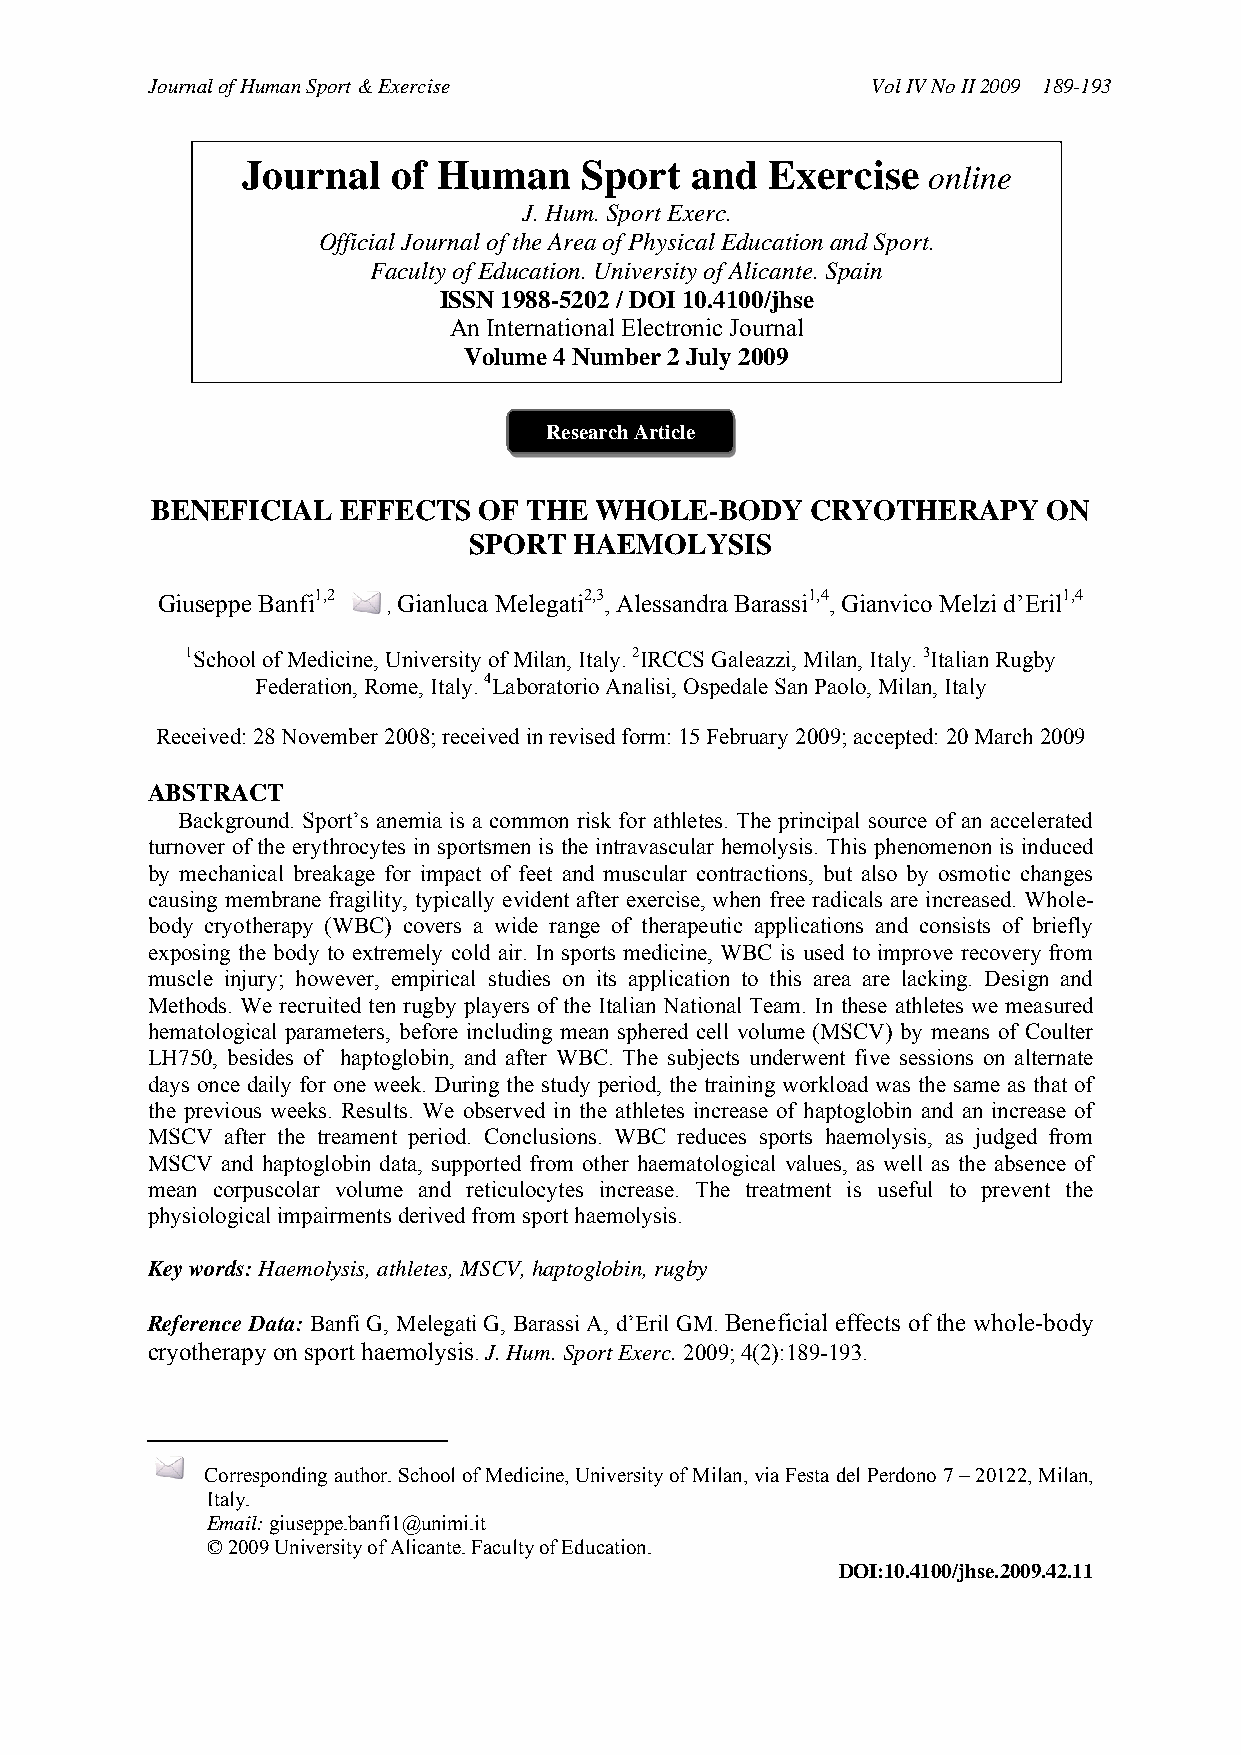
Journal of Human Sport & Exercise               Vol IV No II 2009 189-193
 Journal   of Human    Sp  ort and  Exercise
 online
 J. Hum. Sport Exerc.
 Official Journal of the Area of Physical Education and Sport.
 Faculty of Education. University of Alicante. Spain
 ISSN 1988-5202 / DOI 10.4100/jhse
 An International Electronic Journal
 Volume 4 Number 2 July 2009
 Research Article
 BENEFICIAL  EFFECTS   OF THE WHOLE-BODY     CRYOTHERAPY    ON
 SPORT  HAEMOLYSIS
 Giuseppe Banfi1,2 , Gianluca Melegati2,3, Alessandra Barassi1,4, Gianvico Melzi d’Eril1,4
 1School of Medicine, University of Milan, Italy. 2IRCCS Galeazzi, Milan, Italy. 3Italian Rugby
 Federation, Rome, Italy. 4Laboratorio Analisi, Ospedale San Paolo, Milan, Italy
 Received: 28 November 2008; received in revised form: 15 February 2009; accepted: 20 March 2009
 ABSTRACT
 Background. Sport’s anemia is a common risk for athletes. The principal source of an accelerated
 turnover of the erythrocytes in sportsmen is the intravascular hemolysis. This phenomenon is induced
 by mechanical breakage for impact of feet and muscular contractions, but also by osmotic changes
 causing membrane fragility, typically evident after exercise, when free radicals are increased. Whole-
 body cryotherapy (WBC) covers a wide range of therapeutic applications and consists of briefly
 exposing the body to extremely cold air. In sports medicine, WBC is used to improve recovery from
 muscle injury; however, empirical studies on its application to this area are lacking. Design and
 Methods. We recruited ten rugby players of the Italian National Team. In these athletes we measured
 hematological parameters, before including mean sphered cell volume (MSCV) by means of Coulter
 LH750, besides of haptoglobin, and after WBC. The subjects underwent five sessions on alternate
 days once daily for one week. During the study period, the training workload was the same as that of
 the previous weeks. Results. We observed in the athletes increase of haptoglobin and an increase of
 MSCV after the treament period. Conclusions. WBC reduces sports haemolysis, as judged from
 MSCV and haptoglobin data, supported from other haematological values, as well as the absence of
 mean corpuscolar volume and reticulocytes increase. The treatment is useful to prevent the
 physiological impairments derived from sport haemolysis.
 Key words: Haemolysis, athletes, MSCV, haptoglobin, rugby
 Reference Data: Banfi G, Melegati G, Barassi A, d’Eril GM. Beneficial effects of the whole-body
 cryotherapy on sport haemolysis. J. Hum. Sport Exerc. 2009; 4(2):189-193.
 Corresponding author. School of Medicine, University of Milan, via Festa del Perdono 7 – 20122, Milan,
 Italy.
 Email: giuseppe.banfi1@unimi.it
 © 2009 University of Alicante. Faculty of Education.
 DOI:10.4100/jhse.2009.42.11